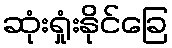
ဆုံးရှုံးနိုင်ခြေ